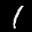
Label: 1